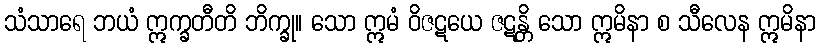
သံသာရေ ဘယံ ဣက္ခတီတိ ဘိက္ခု။ သော ဣမံ ဝိဇဋယေ ဇဋန္တိ သော ဣမိနာ စ သီလေန ဣမိနာ